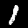
Label: 1